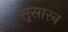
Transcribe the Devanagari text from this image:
सुसारन